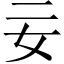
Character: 𡚬